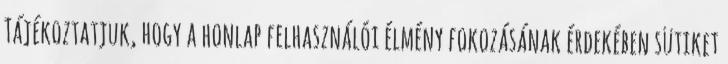
Tájékoztatjuk, hogy a honlap felhasználói élmény fokozásának érdekében sütiket